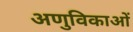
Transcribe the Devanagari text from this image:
अणुविकाओं